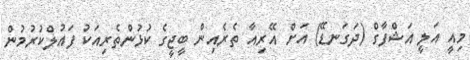
މިއީ އަލީ އަޝްފާގް (ދަގަނޑޭ) އަށް އޭރިއާ ތެރެއިން ބީޖީގެ ކުޅުންތެރިއަކު ފައުލްކުރުމުން